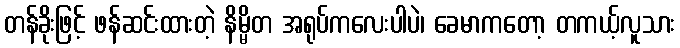
တန်ခိုးဖြင့် ဖန်ဆင်းထားတဲ့ နိမ္မိတ အရုပ်ကလေးပါပဲ၊ ခေမာကတော့ တကယ့်လူသား